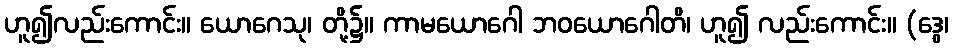
ဟူ၍လည်းကောင်း။ ယောဂေသု၊ တို့၌။ ကာမယောဂေါ ဘဝယောဂေါတိ၊ ဟူ၍ လည်းကောင်း။ (ဒွေ၊